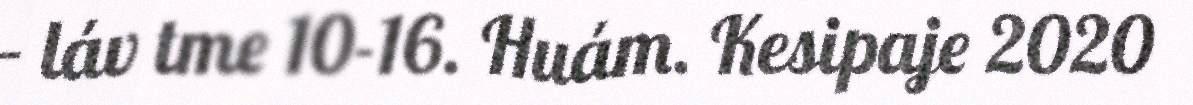
– láv tme 10-16. Huám. Kesipaje 2020